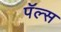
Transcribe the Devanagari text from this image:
पॅल्स